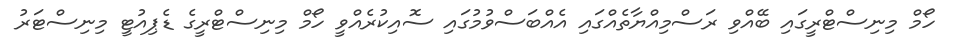
ހޯމް މިނިސްޓްރީގައި ބޭއްވި ރަސްމިއްޔާތެއްގައި އެއްބަސްވުމުގައި ސޮއިކުރެއްވީ ހޯމް މިނިސްޓްރީގެ ޑެޕިއުޓީ މިނިސްޓަރު